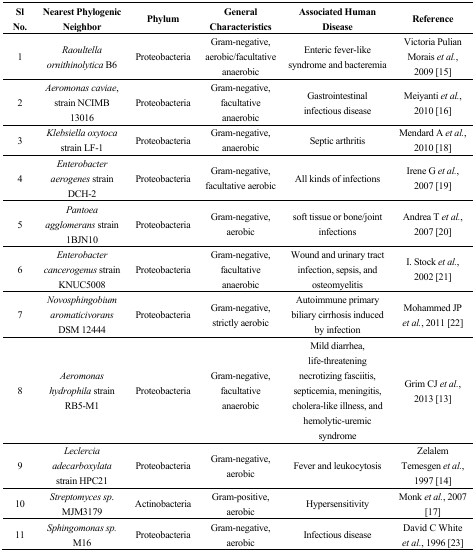
<table><thead><tr><td><b>Sl No.</b></td><td><b>Nearest Phylogenic Neighbor</b></td><td><b>Phylum</b></td><td><b>General Characteristics</b></td><td><b>Associated Human Disease</b></td><td><b>Reference</b></td></tr></thead><tbody><tr><td>1</td><td><i>Raoultella ornithinolytica</i> B6</td><td>Proteobacteria</td><td>Gram-negative, aerobic/facultative anaerobic</td><td>Enteric fever-like syndrome and bacteremia</td><td>Victoria Pulian Morais <i>et al.</i>, 2009 [15]</td></tr><tr><td>2</td><td><i>Aeromonas caviae</i>, strain NCIMB 13016</td><td>Proteobacteria</td><td>Gram-negative, facultative anaerobic</td><td>Gastrointestinal infectious disease</td><td>Meiyanti <i>et al.</i>, 2010 [16]</td></tr><tr><td>3</td><td><i>Klebsiella oxytoca</i> strain LF-1</td><td>Proteobacteria</td><td>Gram-negative, anaerobic </td><td>Septic arthritis</td><td>Mendard A <i>et al.</i>, 2010 [18]</td></tr><tr><td>4</td><td><i>Enterobacter aerogenes</i> strain DCH-2</td><td>Proteobacteria</td><td>Gram-negative, facultative aerobic</td><td>All kinds of infections</td><td>Irene G <i>et al.</i>, 2007 [19]</td></tr><tr><td>5</td><td><i>Pantoea agglomerans</i> strain 1BJN10</td><td>Proteobacteria</td><td>Gram-negative, aerobic</td><td>soft tissue or bone/joint infections</td><td>Andrea T <i>et al.</i>, 2007 [20]</td></tr><tr><td>6</td><td><i>Enterobacter cancerogenus</i> strain KNUC5008</td><td>Proteobacteria</td><td>Gram-negative, facultative anaerobic</td><td>Wound and urinary tract infection, sepsis, and osteomyelitis</td><td>I. Stock <i>et al.</i>, 2002 [21]</td></tr><tr><td>7</td><td><i>Novosphingobium aromaticivorans</i> DSM 12444</td><td>Proteobacteria</td><td>Gram-negative, strictly aerobic</td><td>Autoimmune primary biliary cirrhosis induced by infection</td><td>Mohammed JP <i>et al.</i>, 2011 [22]</td></tr><tr><td>8</td><td><i>Aeromonas hydrophila</i> strain RB5-M1</td><td>Proteobacteria</td><td>Gram-negative, facultative anaerobic</td><td>Mild diarrhea, life-threatening necrotizing fasciitis, septicemia, meningitis, cholera-like illness, and hemolytic-uremic syndrome</td><td>Grim CJ <i>et al.</i>, 2013 [13]</td></tr><tr><td>9</td><td><i>Leclercia adecarboxylata</i> strain HPC21</td><td>Proteobacteria</td><td>Gram-negative, aerobic</td><td>Fever and leukocytosis</td><td>Zelalem Temesgen <i>et al.</i>, 1997 [14]</td></tr><tr><td>10</td><td><i>Streptomyces sp</i>. MJM3179</td><td>Actinobacteria</td><td>Gram-positive, aerobic</td><td>Hypersensitivity</td><td>Monk <i>et al.</i>, 2007 [17] </td></tr><tr><td>11</td><td><i>Sphingomonas sp.</i> M16</td><td>Proteobacteria</td><td>Gram-negative, aerobic</td><td>Infectious disease</td><td>David C White <i>et al.</i>, 1996 [23]</td></tr></tbody></table>